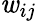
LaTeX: \mathit{w}_{ij}